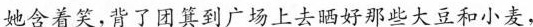
她含着笑，背了团箕到广场上去晒好那些大豆和小麦，